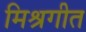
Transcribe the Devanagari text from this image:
मिश्रगीत